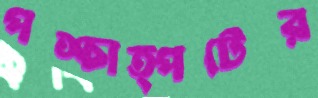
পশ্চাত্পটের